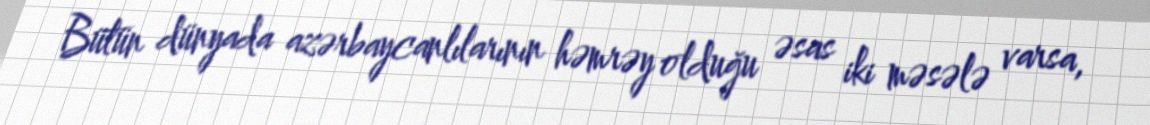
Bütün dünyada azərbaycanlılarının həmrəy olduğu əsas iki məsələ varsa,